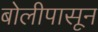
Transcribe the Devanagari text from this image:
बोलीपासून